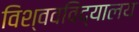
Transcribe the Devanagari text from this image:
विश्ववविद्यालय